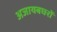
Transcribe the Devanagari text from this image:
अजायबघरों